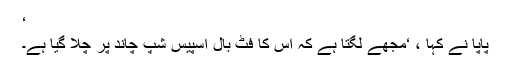
‘
پاپا نے کہا ، ‘مجھے لگتا ہے کہ اس کا فٹ بال اسپیس شپ چاند پر چلا گیا ہے۔